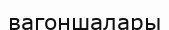
вагоншалары